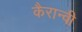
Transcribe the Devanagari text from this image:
कैरान्वी